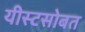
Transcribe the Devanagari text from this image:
यीस्टसोबत